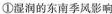
①湿润的东南季风影响